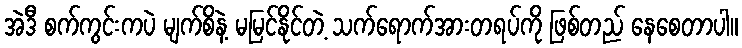
အဲဒီ စက်ကွင်းကပဲ မျက်စိနဲ့ မမြင်နိုင်တဲ့ သက်ရောက်အားတရပ်ကို ဖြစ်တည် နေစေတာပါ။